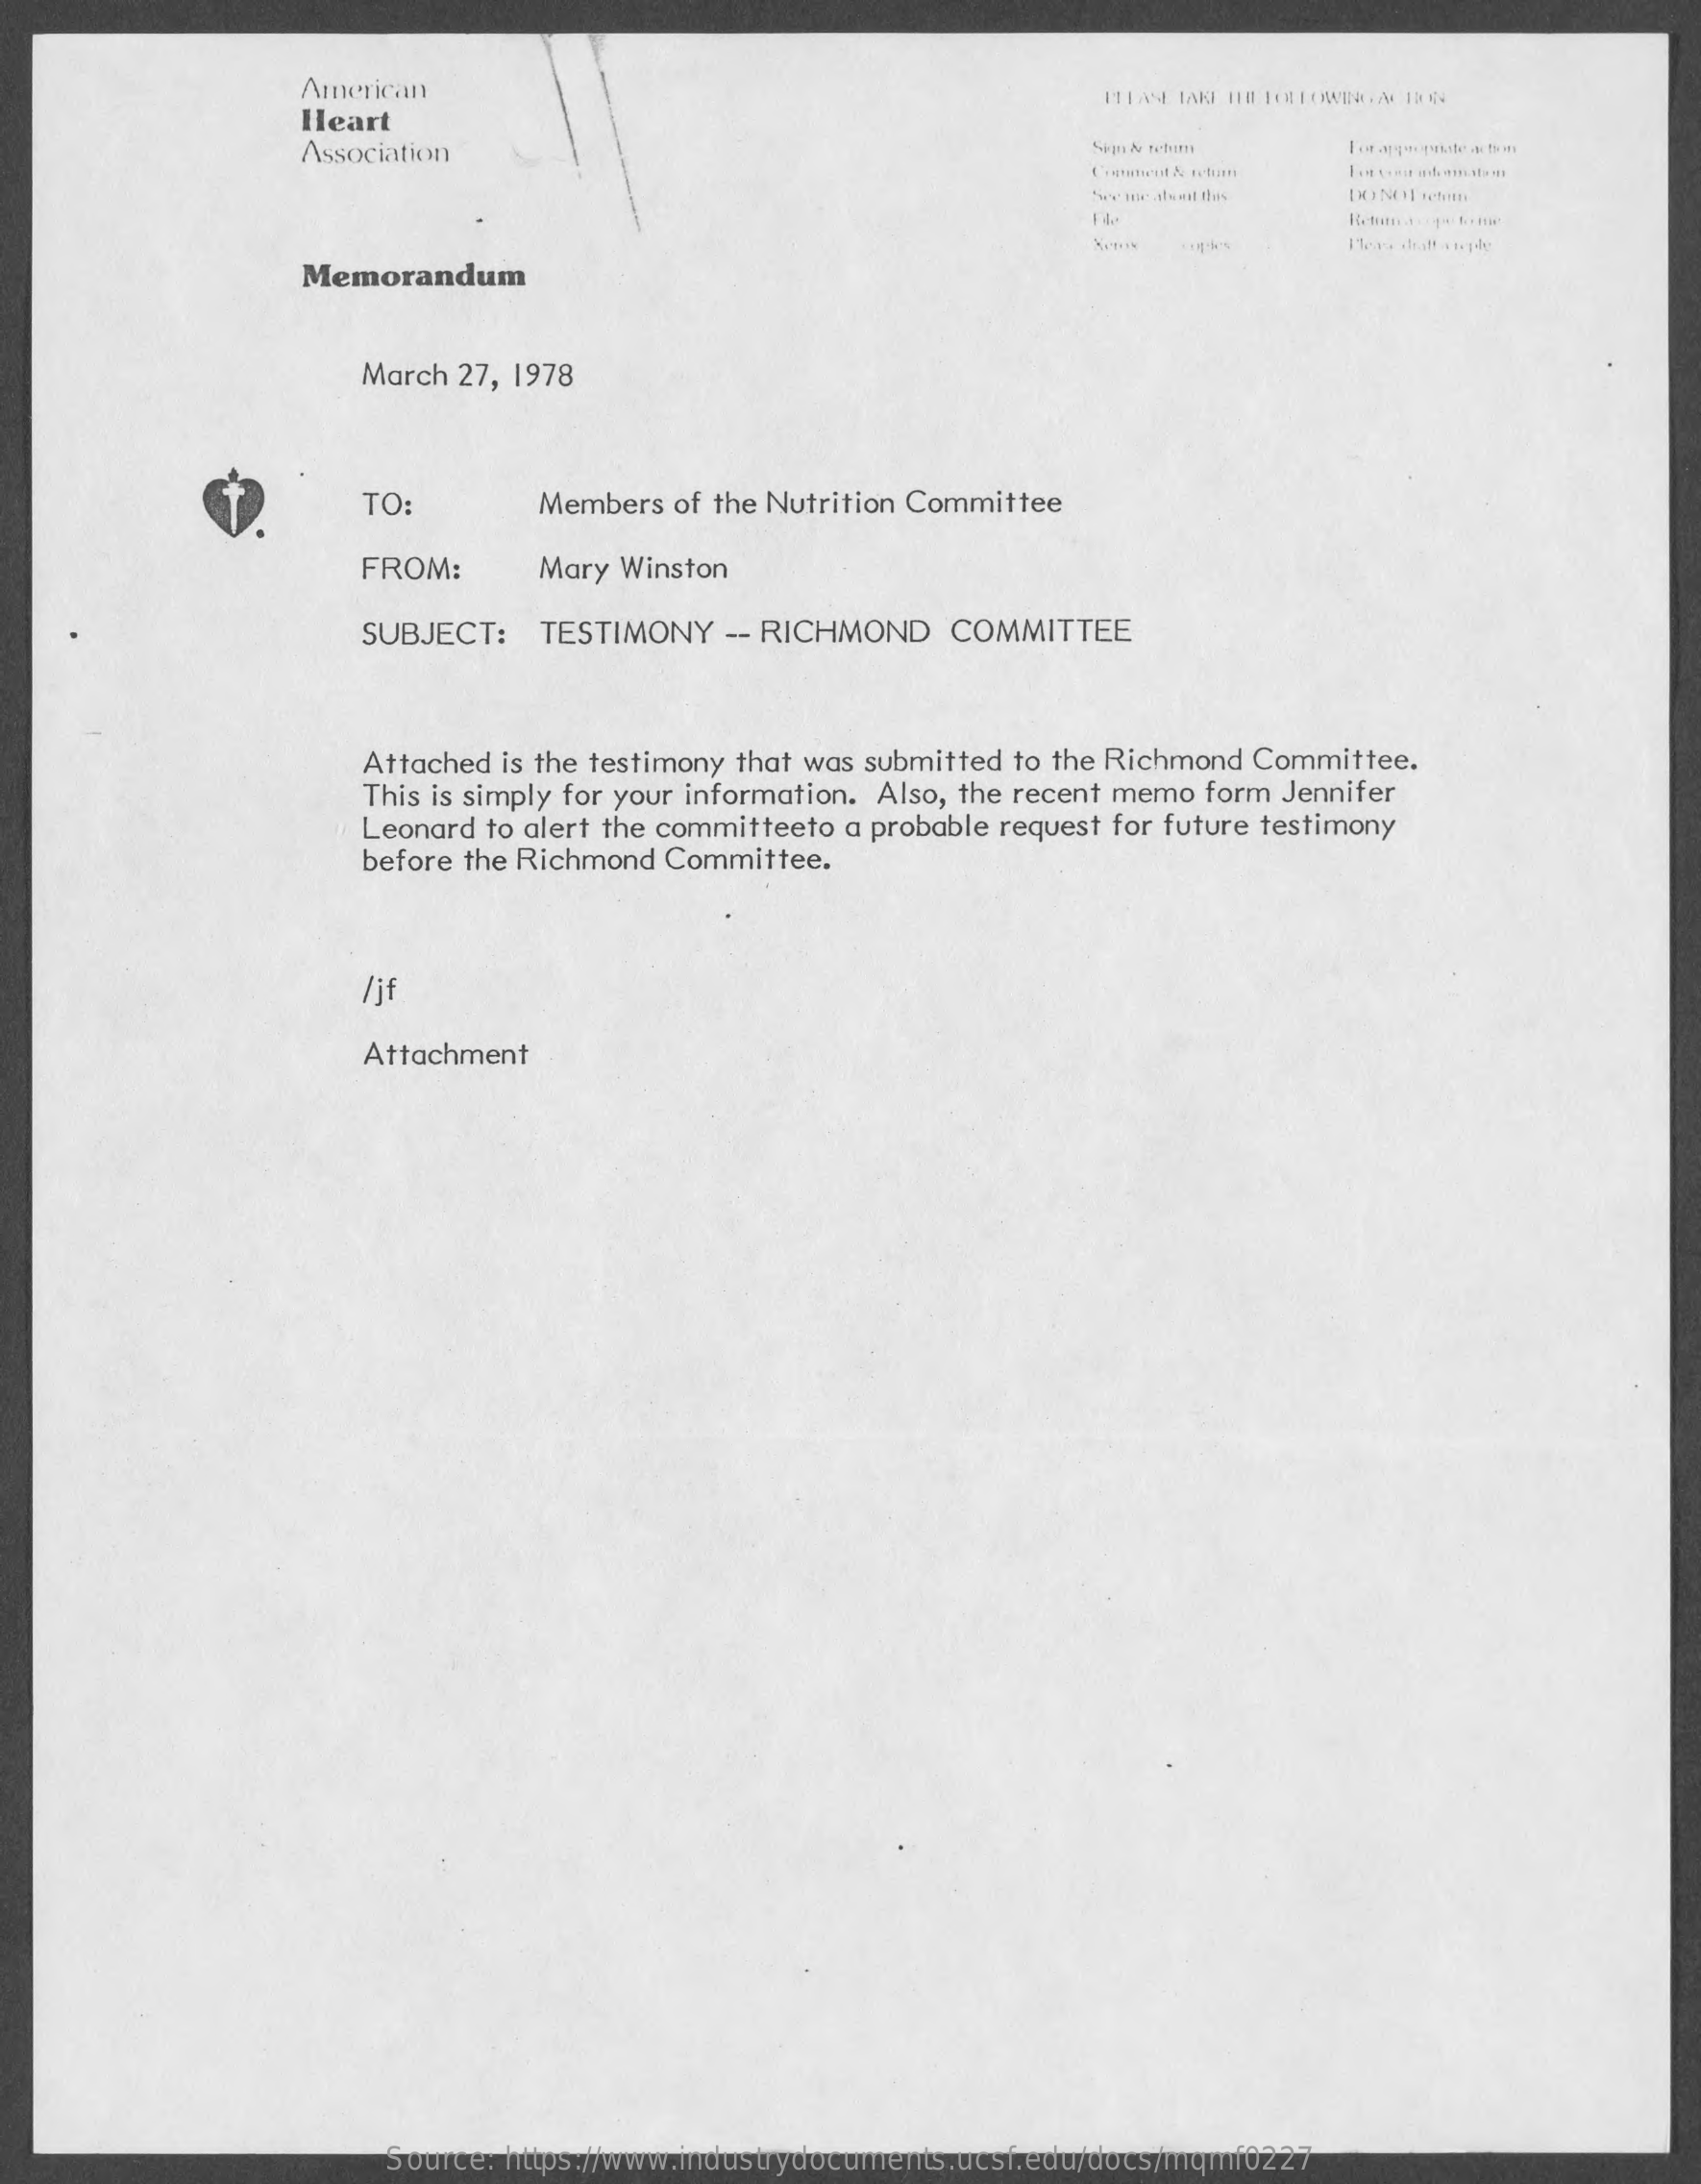
American
     Heart
     Association
     Sex me ats mit dus
     Memorandum
     March 27, 1978
     TO:    Members of the Nutrition Committee
     FROM:    Mary Winston
     SUBJECT:  TESTIMONY  -- RICHMOND   COMMITTEE
     Attached is the testimony that was submitted to the Richmond Committee.
     This is simply for your information. Also, the recent memo form Jennifer
     Leonard to alert the committeeto a probable request for future testimony
     before the Richmond Committee.
     /jf
     Attachment
     Source: https://www.industrydocuments.ucsf.edu/docs/mqmf0227